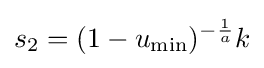
s_{2}=(1-u_{\min })^{-{\frac {1}{a}}}k